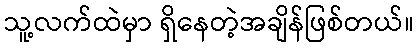
သူ့လက်ထဲမှာ ရှိနေတဲ့အချိန်ဖြစ်တယ်။